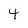
Character: 4